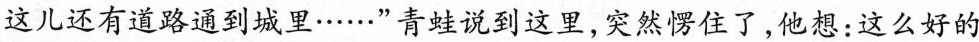
这儿还有道路通到城里……”青蛙说到这里，突然愣住了，他想：这么好的